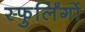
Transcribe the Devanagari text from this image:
स्फुर्लिंगों